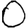
Digit: 0